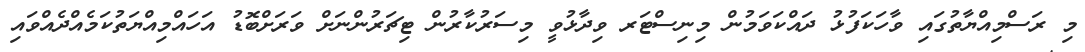
މި ރަސްމިއްޔާތުގައި ވާހަކަފުޅު ދައްކަވަމުން މިނިސްޓަރ ވިދާޅުވީ މިސަރުކާރުން ޓިޗަރުންނަށް ވަރަށްބޮޑު އަހައްމިއްޔަތުކަމެއްދެއްވައި